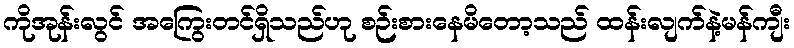
ကိုအုန်းလွင် အကြွေးတင်ရှိသည်ဟု စဉ်းစားနေမိတော့သည် ထန်းလျက်နဲ့မန်ကျီး